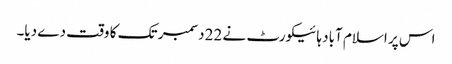
اس پر اسلام آباد ہائیکورٹ نے 22 دسمبر تک کا وقت دے دیا۔